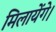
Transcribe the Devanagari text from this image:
मिलायेंगे।